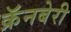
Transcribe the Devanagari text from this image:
क्रॅनबेरी